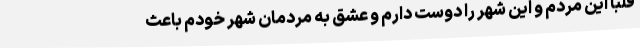
قلباً این مردم و این شهر را دوست دارم و عشق به مردمان شهر خودم باعث